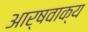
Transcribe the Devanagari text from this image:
आर्षवाक्य